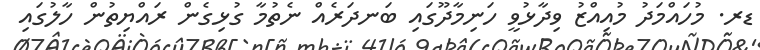
ޑރ. މުހައްމަދު މުއިއްޒު ވިދާޅުވީ ހަނިމާދޫގައި ބަނދަރެއް ނެތުމާ ގުޅިގެން ރައްޔިތުން ހާލުގައި